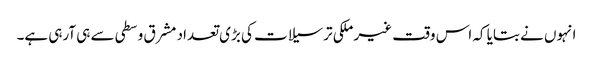
انہوں نے بتایا کہ اس وقت غیر ملکی ترسیلات کی بڑی تعداد مشرق وسطی سے ہی آرہی ہے۔